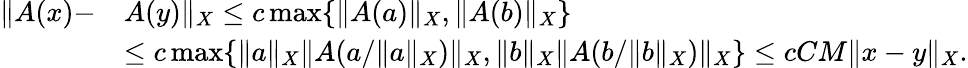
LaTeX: \begin{array}{rl}{\| A(x)-}&{A(y)\| _{X}\leq c\operatorname*{max}\{ \| A(a)\| _{X},\| A(b)\| _{X}\} }\\ &{\leq c\operatorname*{max}\{ \| a\| _{X}\| A(a/\| a\| _{X})\| _{X},\| b\| _{X}\| A(b/\| b\| _{X})\| _{X}\} \leq cCM\| x-y\| _{X}.}\end{array}